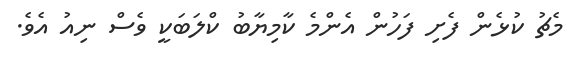
މެޗު ކުޅެން ފެށި ފަހުން އެންމެ ކާމިޔާބު ކްލަބަކީ ވެސް ނިއު އެވެ.